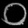
Digit: ၀